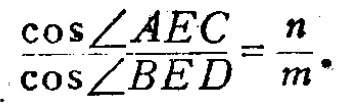
\frac{\cos\angle AEC}{\cos\angle BED}=\frac{n}{m}